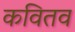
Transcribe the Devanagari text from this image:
कवितव